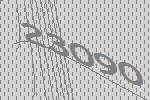
23090